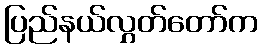
ပြည်နယ်လွှတ်တော်က